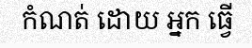
កំណត់ ដោយ អ្នក ធ្វើ